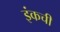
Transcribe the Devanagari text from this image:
इंकची